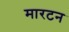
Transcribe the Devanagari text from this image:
मारटन